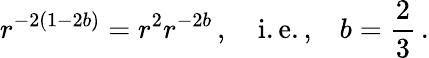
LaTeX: r^{-2(1-2b)}=r^{2}r^{-2b}\, ,\quad\mathrm{i.e.,}\quad b=\frac 23\, .